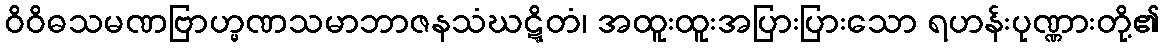
ဝိဝိဓသမဏဗြာဟ္မဏသမာဘာဇနသံဃဋ္ဋိတံ၊ အထူးထူးအပြားပြားသော ရဟန်းပုဏ္ဏားတို့၏